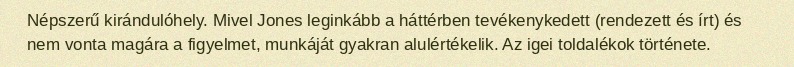
Népszerű kirándulóhely. Mivel Jones leginkább a háttérben tevékenykedett (rendezett és írt) és nem vonta magára a figyelmet, munkáját gyakran alulértékelik. Az igei toldalékok története.